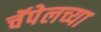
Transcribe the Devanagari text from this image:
चॅपेलच्या